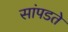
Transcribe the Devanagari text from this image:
सांपडते